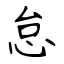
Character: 怠